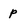
Character: p